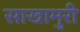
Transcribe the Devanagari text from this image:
साखामुरी